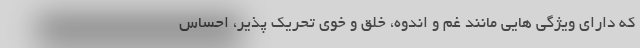
که دارای ویژگی هایی مانند غم و اندوه، خلق و خوی تحریک پذیر، احساس